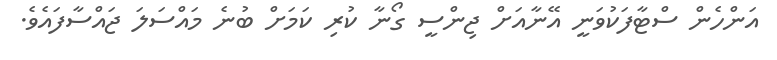
އަންހެން ސްޓާފަކުވަނީ އޭނާއަށް ޖިންސީ ގޯނާ ކުރި ކަމަށް ބުނެ މައްސަލަ ޖައްސާފައެވެ.